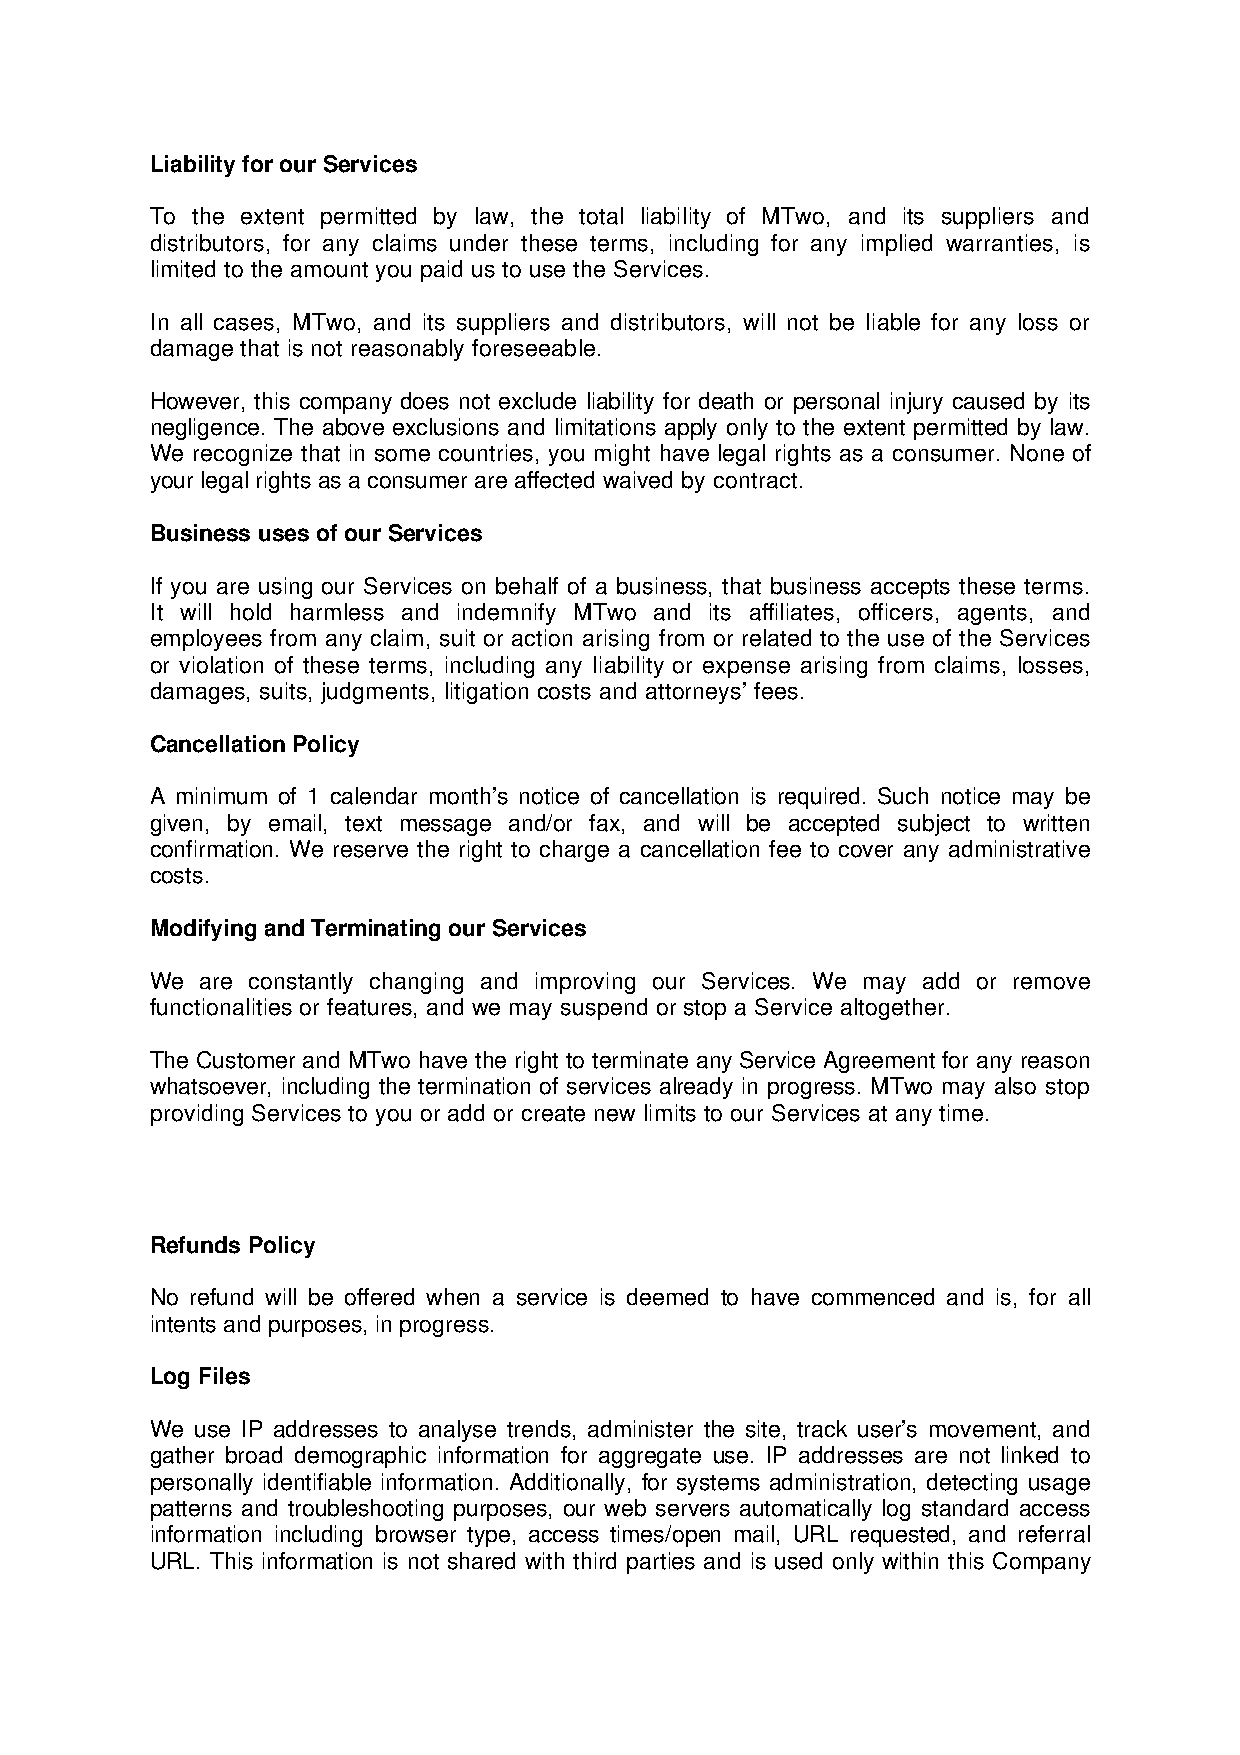
Liability for our Services
 To the extent permitted by law, the total liability of MTwo, and its suppliers and
 distributors, for any claims under these terms, including for any implied warranties, is
 limited to the amount you paid us to use the Services.
 In all cases, MTwo, and its suppliers and distributors, will not be liable for any loss or
 damage that is not reasonably foreseeable.
 However, this company does not exclude liability for death or personal injury caused by its
 negligence. The above exclusions and limitations apply only to the extent permitted by law.
 We recognize that in some countries, you might have legal rights as a consumer. None of
 your legal rights as a consumer are affected waived by contract.
 Business uses of our Services
 If you are using our Services on behalf of a business, that business accepts these terms.
 It will hold harmless and indemnify MTwo and its affiliates, officers, agents, and
 employees from any claim, suit or action arising from or related to the use of the Services
 or violation of these terms, including any liability or expense arising from claims, losses,
 damages, suits, judgments, litigation costs and attorneys’ fees.
 Cancellation Policy
 A minimum of 1 calendar month’s notice of cancellation is required. Such notice may be
 given, by email, text message and/or fax, and will be accepted subject to written
 confirmation. We reserve the right to charge a cancellation fee to cover any administrative
 costs.
 Modifying and Terminating our Services
 We are constantly changing and improving our Services. We may add or remove
 functionalities or features, and we may suspend or stop a Service altogether.
 The Customer and MTwo have the right to terminate any Service Agreement for any reason
 whatsoever, including the termination of services already in progress. MTwo may also stop
 providing Services to you or add or create new limits to our Services at any time.
 Refunds Policy
 No refund will be offered when a service is deemed to have commenced and is, for all
 intents and purposes, in progress.
 Log Files
 We use IP addresses to analyse trends, administer the site, track user’s movement, and
 gather broad demographic information for aggregate use. IP addresses are not linked to
 personally identifiable information. Additionally, for systems administration, detecting usage
 patterns and troubleshooting purposes, our web servers automatically log standard access
 information including browser type, access times/open mail, URL requested, and referral
 URL. This information is not shared with third parties and is used only within this Company